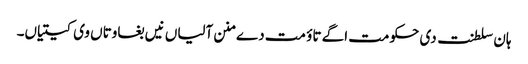
ہان سلطنت دی حکومت اگے تاؤ مت دے منن آلیاں نیں بغاوتاں وی کیتیاں۔